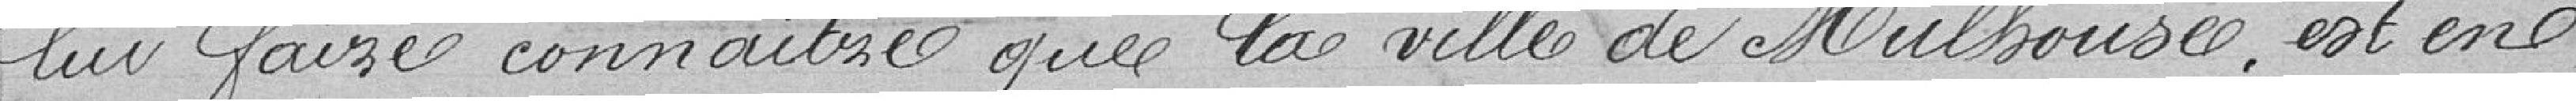
lui faire connaitre que la ville de Mulhouse est en